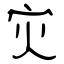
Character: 灾